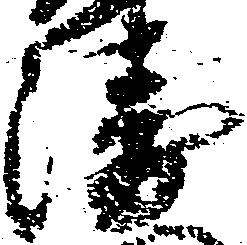
衛